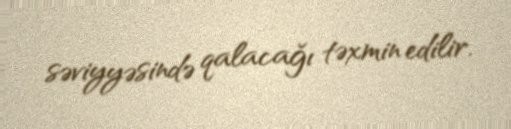
səviyyəsində qalacağı təxmin edilir.